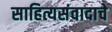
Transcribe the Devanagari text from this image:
साहित्यसंवादाचे